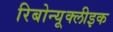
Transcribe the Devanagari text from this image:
रिबोन्यूक्लीइक